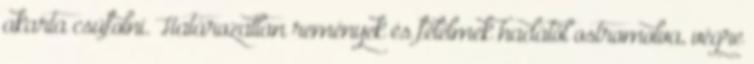
akarta csúfolni. Határozatlan remények és félelmek hadától ostromolva, végre